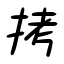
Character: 拷